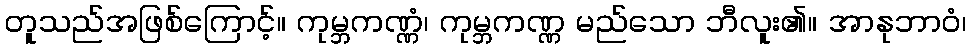
တူသည်အဖြစ်ကြောင့်။ ကုမ္ဘကဏ္ဏံ၊ ကုမ္ဘကဏ္ဏ မည်သော ဘီလူး၏။ အာနုဘာဝံ၊